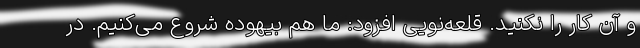
و آن کار را نکنید. قلعه‌نویی افزود: ما هم بیهوده شروع می‌کنیم. در